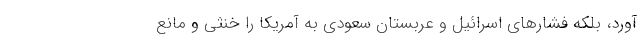
آورد، بلکه فشارهای اسرائیل و عربستان سعودی به آمریکا را خنثی و مانع